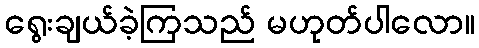
ရွေးချယ်ခဲ့ကြသည် မဟုတ်ပါလော။